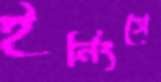
ইনিংসে